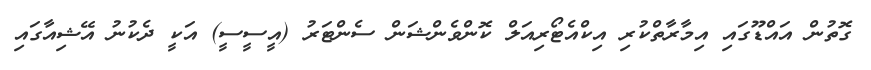
ގޮތުން އައްޑޫގައި އިމާރާތްކުރި އިކްއެޓޯރިއަލް ކޮންވެންޝަން ސެންޓަރު (އީސީސީ) އަކީ ދެކުނު އޭޝިއާގައި